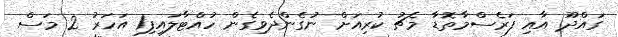
ގައްދޫ އާއި ފަރެސްމާތޮޑާ މެޗު ކުރިއަށް ނުގެންދެވިގެން ހުއްޓާލައިފި1 އަހަރު 2 މަސް